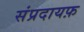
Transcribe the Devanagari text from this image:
संप्रदायफ़